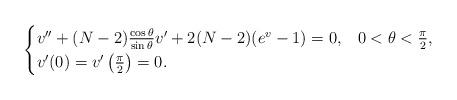
LaTeX: \begin{align*}\begin{cases}v''+(N-2)\frac{\cos\theta}{\sin\theta}v'+2(N-2)(e^v-1)=0, & 0<\theta<\frac{\pi}{2},\\v'(0)=v'\left(\frac{\pi}{2}\right)=0.\end{cases}\end{align*}